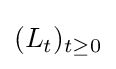
(L_{t})_{t\geq 0}